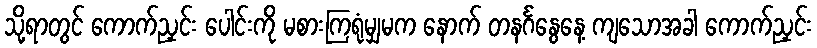
သို့ရာတွင် ကောက်ညှင်း ပေါင်းကို မစားကြရုံမျှမက နောက် တနင်္ဂနွေနေ့ ကျသောအခါ ကောက်ညှင်း